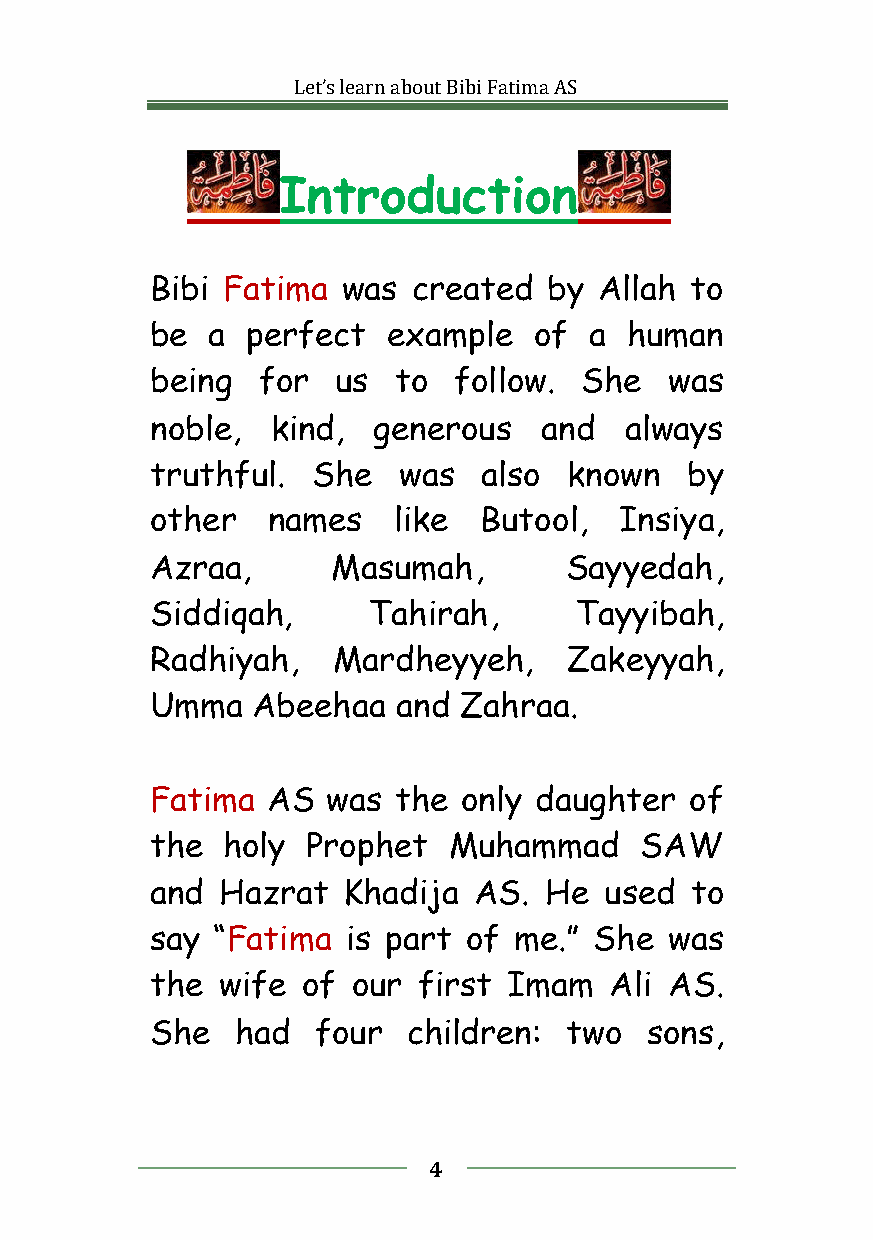
Let’slearnaboutBibiFatimaAS
 Introduction
 Bibi Fatima  was created  by  Allah to
 be  a perfect   example  of  a human
 being  for  us  to  follow. She   was
 noble,  kind,  generous   and  always
 truthful.  She  was   also  known  by
 other   names   like  Butool,  Insiya,
 Azraa,      Masumah,       Sayyedah,
 Siddiqah,     Tahirah,      Tayyibah,
 Radhiyah,   Mardheyyeh,     Zakeyyah,
 Umma   Abeehaa  and Zahraa.
 Fatima  AS  was the  only daughter  of
 the  holy Prophet   Muhammad    SAW
 and  Hazrat  Khadija AS.  He  used  to
 say “Fatima  is part of me.” She  was
 the wife  of our  first Imam  Ali AS.
 She   had  four  children:  two  sons,
 4